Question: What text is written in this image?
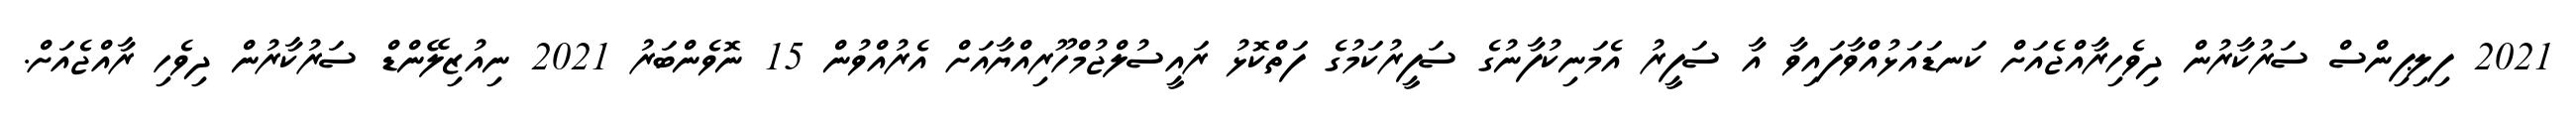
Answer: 2021 ފިލިޕިންސް ސަރުކާރުން ދިވެހިރާއްޖެއަށް ކަނޑައަޅުއްވާފައިވާ އާ ސަފީރު އެމަނިކުފާނުގެ ސަފީރުކަމުގެ ފަތްކޮޅު ރައީސުލްޖުމްހޫރިއްޔާއަށް އެރުއްވުން 15 ނޮވެންބަރު 2021 ނިއުޒިލޭންޑް ސަރުކާރުން ދިވެހި ރާއްޖެއަށް.